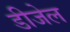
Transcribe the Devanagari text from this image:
डीजेल